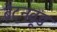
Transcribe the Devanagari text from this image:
ब्रेटनवूड